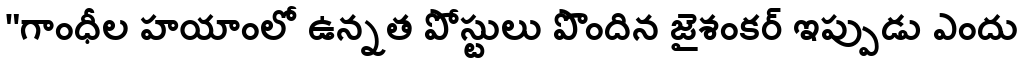
"గాంధీల హయాంలో ఉన్నత పోస్టులు పొందిన జైశంకర్ ఇప్పుడు ఎందు